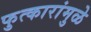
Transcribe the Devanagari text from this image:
फुत्कारांमुळे